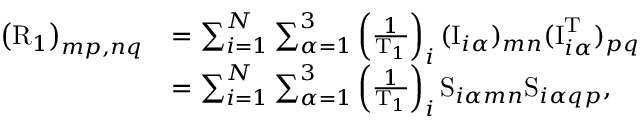
\begin{array} { r l } { \left( \mathrm { R } _ { 1 } \right) _ { m p , n q } } & { = \sum _ { i = 1 } ^ { N } \sum _ { \alpha = 1 } ^ { 3 } \left( \frac { 1 } { \mathrm { T } _ { 1 } } \right) _ { i } ( \mathrm { I } _ { i \alpha } ) _ { m n } ( \mathrm { I } _ { i \alpha } ^ { \mathrm { T } } ) _ { p q } } \\ & { = \sum _ { i = 1 } ^ { N } \sum _ { \alpha = 1 } ^ { 3 } \left( \frac { 1 } { \mathrm { T } _ { 1 } } \right) _ { i } \mathrm { S } _ { i \alpha m n } \mathrm { S } _ { i \alpha q p } , } \end{array}